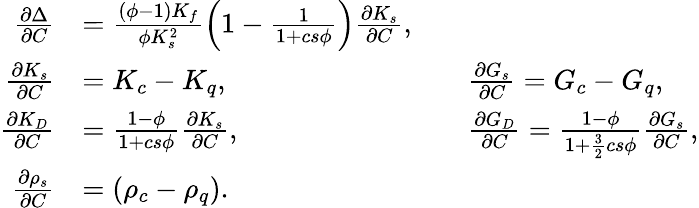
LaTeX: \begin{array}{r}{\begin{array}{rlrl}{\frac{\partial\Delta}{\partial C}}&{=\frac{(\phi-1)K_{f}}{\phi K_{s}^{2}}\left(1-\frac{1}{1+cs\phi}\right)\frac{\partial K_{s}}{\partial C},}\\ {\frac{\partial K_{s}}{\partial C}}&{=K_{c}-K_{q},\qquad}&&{\frac{\partial G_{s}}{\partial C}=G_{c}-G_{q},}\\ {\frac{\partial K_{D}}{\partial C}}&{=\frac{1-\phi}{1+cs\phi}\frac{\partial K_{s}}{\partial C},\qquad}&&{\frac{\partial G_{D}}{\partial C}=\frac{1-\phi}{1+\frac{3}{2}cs\phi}\frac{\partial G_{s}}{\partial C},}\\ {\frac{\partial\rho_{s}}{\partial C}}&{=(\rho_{c}-\rho_{q}).}\end{array}}\end{array}